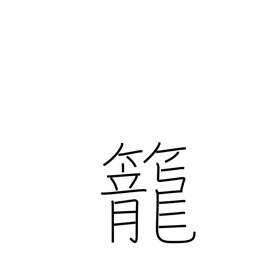
Meaning: coop